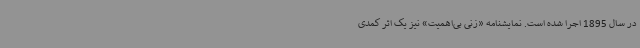
در سال 1895 اجرا شده است. نمایشنامه «زنی بی‌اهمیت» نیز یک اثر کمدی